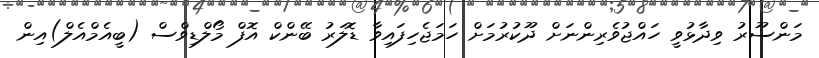
މަންސޫރު ވިދާޅުވީ ހައްޖުވެރިންނަށް ދޫކުރުމަށް ހަމަޖެހިފައިވާ ޑޮލަރު ބޭންކް އޮފް މޯލްޑިވްސް (ބީއެމްއެލް)އިން